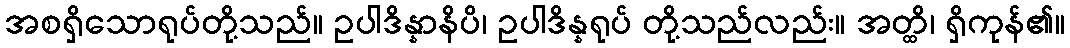
အစရှိသောရုပ်တို့သည်။ ဥပါဒိန္နာနိပိ၊ ဥပါဒိန္နရုပ် တို့သည်လည်း။ အတ္ထိ၊ ရှိကုန်၏။